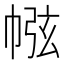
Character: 㡉